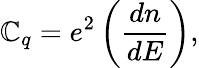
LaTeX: \mathbb{C}_{q}=e^{2}\left(\frac{{dn}}{{dE}}\right),